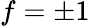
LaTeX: f=\pm 1